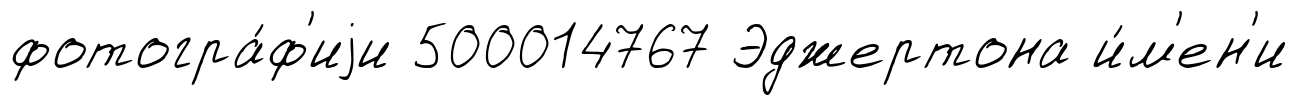
фотогра́ф'иjи 500014767 Эджертона и́м'ен'и